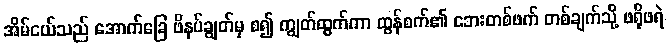
အိမ်ငယ်သည် အောက်ခြေ ဖိနပ်ချွတ်မှ စ၍ ကျွတ်ထွက်ကာ ထွန်စက်၏ ဘေးတစ်ဖက် တစ်ချက်သို့ ဖရိုဖရဲ